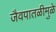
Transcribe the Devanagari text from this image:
जैवपातळीमुळे